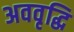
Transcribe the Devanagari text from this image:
अववृद्धि